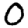
Digit: 0